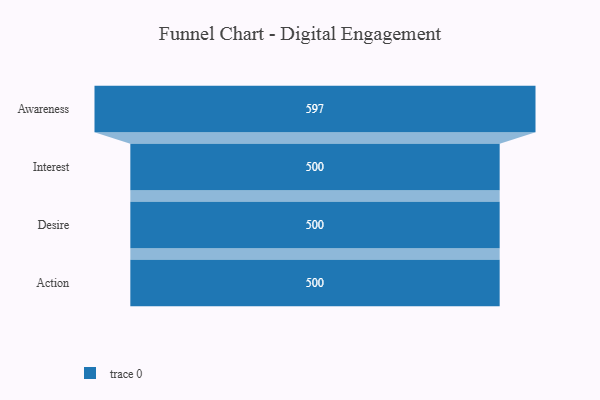
{"axis": {"x": "Stage", "y": "Value"}, "legend": [""], "data": [{"x": "Awareness", "y": 597.0, "type": ""}, {"x": "Interest", "y": 500, "type": ""}, {"x": "Desire", "y": 500, "type": ""}, {"x": "Action", "y": 500, "type": ""}]}